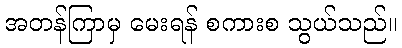
အတန်ကြာမှ မေးရန် စကားစ သွယ်သည်။